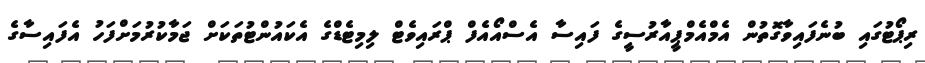
ރިޕޯޓުގައި ބުނެފައިވާގޮތުން އެމްއެމްޕީއާރުސީގެ ފައިސާ އެސްއޯއެފް ޕްރައިވެޓް ލިމިޓެޑްގެ އެކައުންޓުތަކަށް ޖަމާކުރުމަށްފަހު އެފައިސާގެ